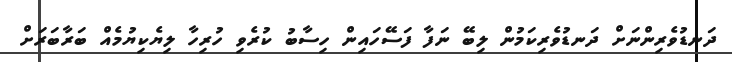
ދަނޑުވެރިންނަށް ދަނޑުވެރިކަމުން ލިބޭ ނަފާ ފަސޭހައިން ހިސާބު ކުރެވި ހުރިހާ ލިޔެކިޔުމެއް ބަރާބަރަށް